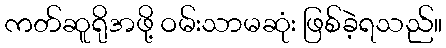
ကတ်ဆူရိုအဖို့ ဝမ်းသာမဆုံး ဖြစ်ခဲ့ရသည်။